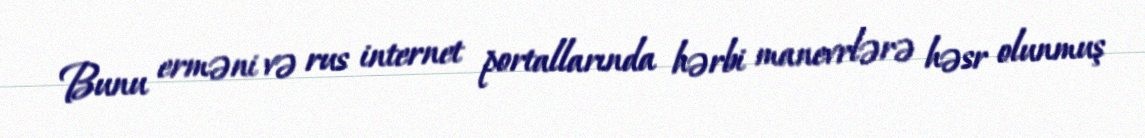
Bunu erməni və rus internet portallarında hərbi manevrlərə həsr olunmuş